Lunatic asylums Punjab 1881-1894 - 1881-1894
Year: 1881
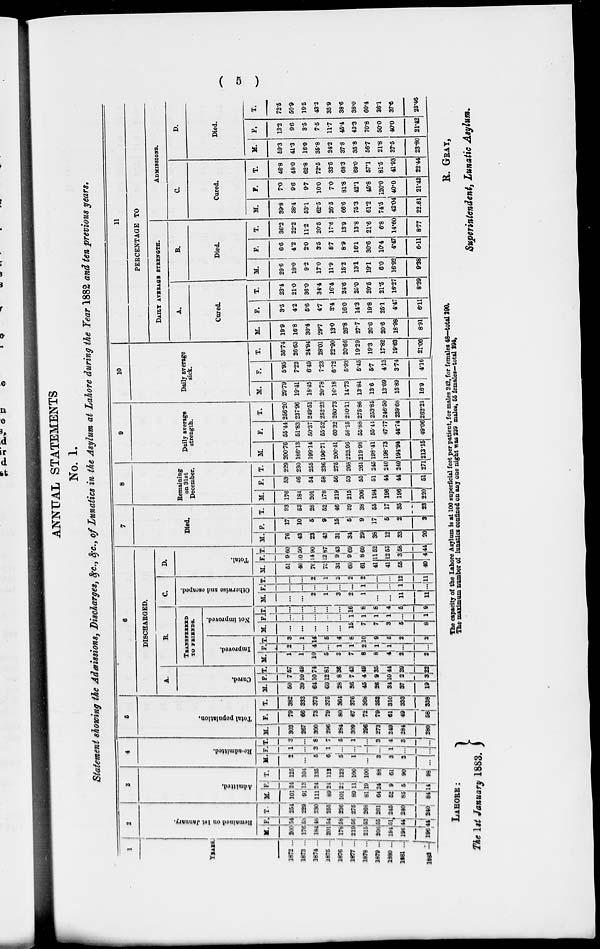
( 5 )
ANNUAL STATEMENTS
No. 1.
Statement showing the Admissions, Discharges, &c., &c., of Lunatics in the Asylum at Lahore during the Year 1882 and ten previous years.
1
YEARS.
1872 ...
1873 ...
1874 ...
1875 ...
1876 ...
1877 ...
1878 ...
1879 ...
1880 ...
1881 ...
1882
...
2
Remained on 1st January.
M.
200
176
164
201
178
219
215
206
194
196
196
F.
54
53
46
54
58
56
53
55
51
44
44
T.
254
229
230
255
236
275
263
261
245
240
240
3
Admitted.
M.
101
91
111
89
101
89
81
64
52
85
84
F.
24
13
24
24
22
11
19
24
9
5
14
T.
125
104
135
113
123
109
100
88
61
90
98
4
Re-admitted.
M
2
...
5
6
5
1
...
3
3
3
...
F.
1
...
3
1
...
...
...
...
1
...
...
T.
3
...
8
7
5
1
...
3
4
3
...
5
Total population.
M.
303
267
300
296
284
309
296
273
249
284
280
F.
79
66
73
79
80
67
72
79
61
49
58
T.
382
333
373
375
364
376
368
352
310
333
338
6
DISCHARGED.
A.
Cured.
M.
50
39
64
69
28
36
45
26
34
37
19
F.
7
10
10
12
8
7
4
9
10
2
3
T.
57
49
74
81
38
43
49
35
44
39
22
B.
TRANSFERRED
TO FRIENDS.
Improved.
M.
1
1
10
5
3
7
8
8
4
2
2
F.
2
...
4
...
1
1
2
1
1
...
...
T.
3
1
14
5
4
8
10
9
5
2
2
Not improved.
M.
...
...
...
...
...
15
7
7
3
5
8
F.
...
...
...
...
...
1
1
1
1
...
1
T.
...
...
...
...
...
16
8
8
4
5
9
C.
Otherwise
and escaped.
M.
...
...
2
1
3
2
1
...
...
11
11
F.
...
...
...
...
...
...
1
...
...
1
...
T.
...
...
2
1
3
2
2
...
...
12
11
D.
Total.
M.
51
40
76
75
34
60
61
41
41
55
40
F.
9
10
14
12
9
9
8
11
12
3
4
T.
60
50
90
87
43
69
69
52
53
58
44
7
Died.
M.
76
43
23
43
31
34
29
38
12
33
20
F.
17
10
5
9
15
5
9
17
5
2
3
T.
93
53
28
52
46
39
38
55
17
35
23
8
Remaining
on 31st
December.
M.
176
184
201
178
219
215
206
194
196
196
220
F.
53
46
54
58
56
53
55
51
44
44
51
T.
229
230
255
236
275
268
261
245
240
240
271
9
Daily average
strength.
M.
200.76
186.13
199.14
196.71
200.41
223.96
219.98
198.41
198.73
194.94
213.15
F.
55.44
51.83
50.37
55.52
60.32
56.15
55.88
55.44
47.77
44.74
49.06
T.
256.20
237.96
249.51
252.23
260.73
280.11
275.86
253.85
246.50
239.66
262.21
10
Daily average
sick.
M.
29.79
19.41
18.45
20.78
16.18
14.73
13.84
13.6
13.69
15.89
16.9
F.
5.95
7.22
6.49
7.23
6.72
5.93
5.45
5.7
4.13
3.74
4.16
T.
35.74
26.63
24.94
28.01
22.90
20.66
19.29
19.3
17.82
19.63
21.06
11
PERCENTAGE TO
DAILY AVERAGE STRENGTH.
A.
Cured.
M.
19.9
16.8
30.4
29.7
13.0
26.8
27.7
20.6
20.6
18.98
8.91
F.
3.5
4.2
5.6
4.7
3.4
16.0
14.3
19.8
25.1
4.47
6.11
T.
23.4
21.0
36.0
34.4
16.4
24.6
25.0
20.5
21.5
16.27
8.39
B.
Died.
M.
29.6
18.0
9.2
17.0
11.9
15.2
13.1
19.1
6.0
16.92
9.38
F.
6.6
4.2
2.0
3.5
5.7
8.9
16.1
30.6
10.4
4.47
6.11
T.
36.2
22.2
11.2
20.5
17.6
13.9
13.8
21.6
6.8
14.60
8.77
ADMISSIONS.
C.
Cured.
M.
39.8
38.4
53.1
62.5
26.5
66.6
75.3
61.2
74.5
42.04
22.61
F.
7.0
9.6
9.7
10.0
7.0
81.8
42.1
45.8
120.0
40.0
21.42
T.
46.8
48.0
62.8
72.5
33.5
68.3
69.0
57.1
81.5
41.93
22.44
D.
Died.
M.
59.3
41.3
16.0
35.8
24.2
37.8
35.8
56.7
21.8
37.5
23.80
F.
13.2
9.6
3.5
7.5
11.7
45.4
43.3
70.8
50.0
40.0
21.42
T.
72.5
50.9
19.5
43.3
35.9
38.6
38.0
60.4
26.1
37.6
23.46
LAHORE:
The 1st January 1883.
The capacity of the Lahore Asylum is at 100 superficial feet per patient, for males 242, for females 48—total 290,
The maximum number of lunatics confined on any one night was 239 males, 55 females—total 294,
R. GRAY,
Superintendent, Lunatic Asylum.